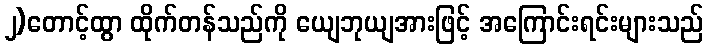
၂)တောင့်ထွာ ထိုက်တန်သည်ကို ယျေဘုယျအားဖြင့် အကြောင်းရင်းများသည်